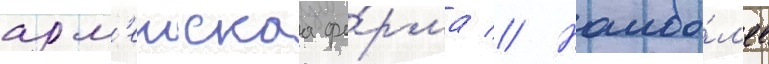
арм'еискаа фо́рма // Наибо́л'ее